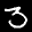
Label: 3